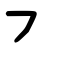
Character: ㇇